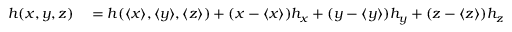
\begin{array} { r l } { h ( x , y , z ) } & { { } = h ( \langle x \rangle , \langle y \rangle , \langle z \rangle ) + ( x - \langle x \rangle ) h _ { x } + ( y - \langle y \rangle ) h _ { y } + ( z - \langle z \rangle ) h _ { z } } \end{array}